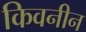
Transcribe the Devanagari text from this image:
किवनीन